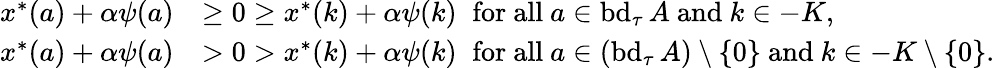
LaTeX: \begin{array}{rl}{x^{*}(a)+\alpha\psi(a)}&{\geq 0\geq x^{*}(k)+\alpha\psi(k)\; \; \mathrm{for~all~}a\in\mathrm{bd}_{\tau}\, A\mathrm{~and~}k\in-K,}\\ {x^{*}(a)+\alpha\psi(a)}&{>0>x^{*}(k)+\alpha\psi(k)\; \; \mathrm{for~all~}a\in(\mathrm{bd}_{\tau}\, A)\setminus\{ 0\} \mathrm{~and~}k\in-K\setminus\{ 0\} .}\end{array}